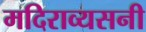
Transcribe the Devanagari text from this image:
मदिराव्यसनी